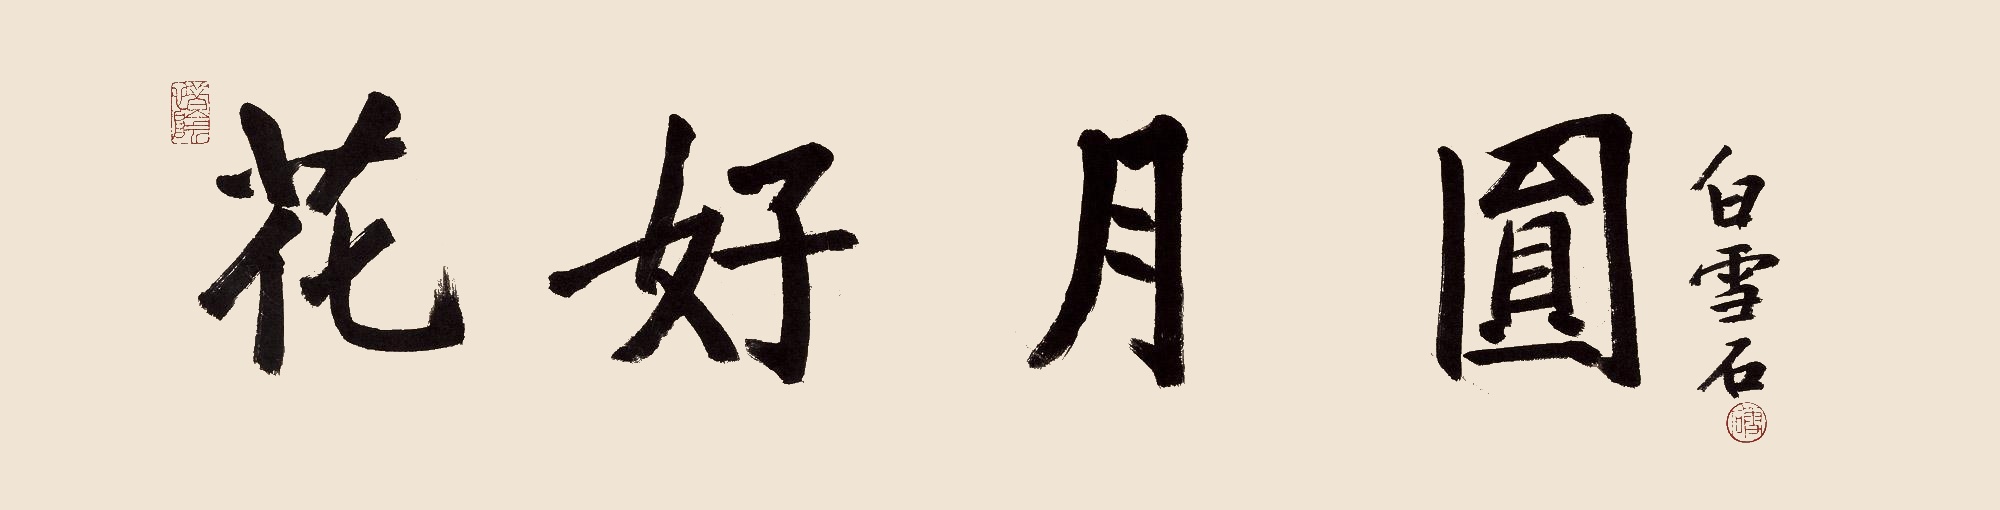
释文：花好月圆白雪石